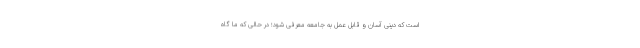
است که دینی آسان و قابل عمل به جامعه معرفی شود؛ در حالی که ما گاه